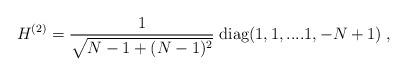
LaTeX: \begin{align*}H^{(2)} = \frac{1}{\sqrt{N-1+(N-1)^2}} \; \mbox{diag}(1,1, .... 1, -N+1 ) \; ,\end{align*}